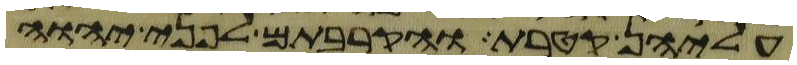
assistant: עליהן קטרת והקרבתם לפני יהוה